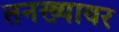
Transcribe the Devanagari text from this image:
तनख्यावर